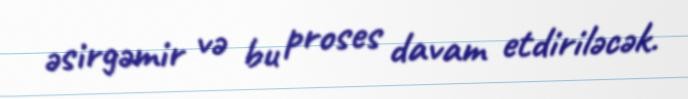
əsirgəmir və bu proses davam etdiriləcək.